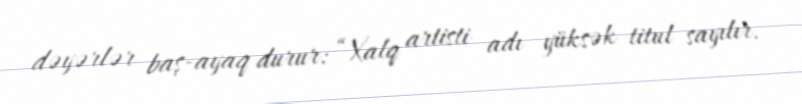
dəyərlər baş-ayaq durur: “Xalq artisti adı yüksək titul sayılır.